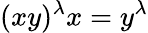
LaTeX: (xy)^{\lambda}x=y^{\lambda}